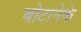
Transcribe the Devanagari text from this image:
बोटानेके